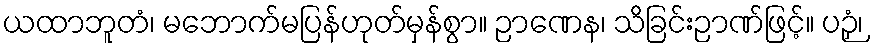
ယထာဘူတံ၊ မဘောက်မပြန်ဟုတ်မှန်စွာ။ ဉာဏေန၊ သိခြင်းဉာဏ်ဖြင့်။ ပဉှံ၊